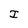
Character: I